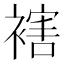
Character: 𧜅